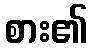
စား၏